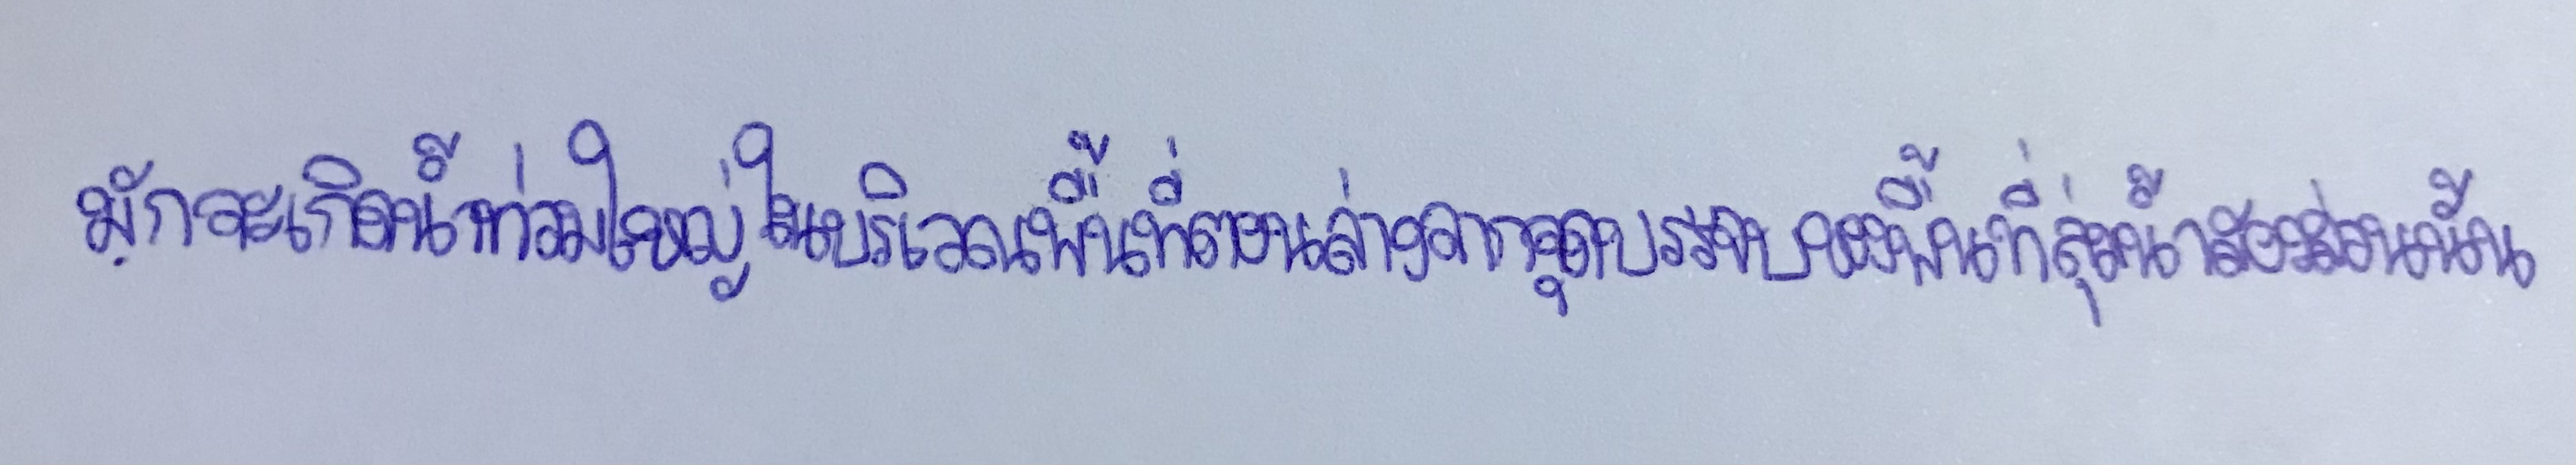
มักจะเกิดน้ำท่วมใหญ่ในบริเวณพื้นที่ตอนล่างจากจุดบรรจบของพื้นที่ลุ่มน้ำสองส่วนนั้น